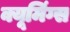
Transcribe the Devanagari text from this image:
क्यूमिंग्स